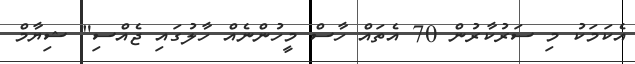
އެކަމަކު މި ސަރުކާރުން 70 އެތައް ހާސް މީހުންނެއް ހާލުގައި ޖެއްސި" ޝިޔާމް